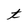
Character: t